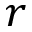
r